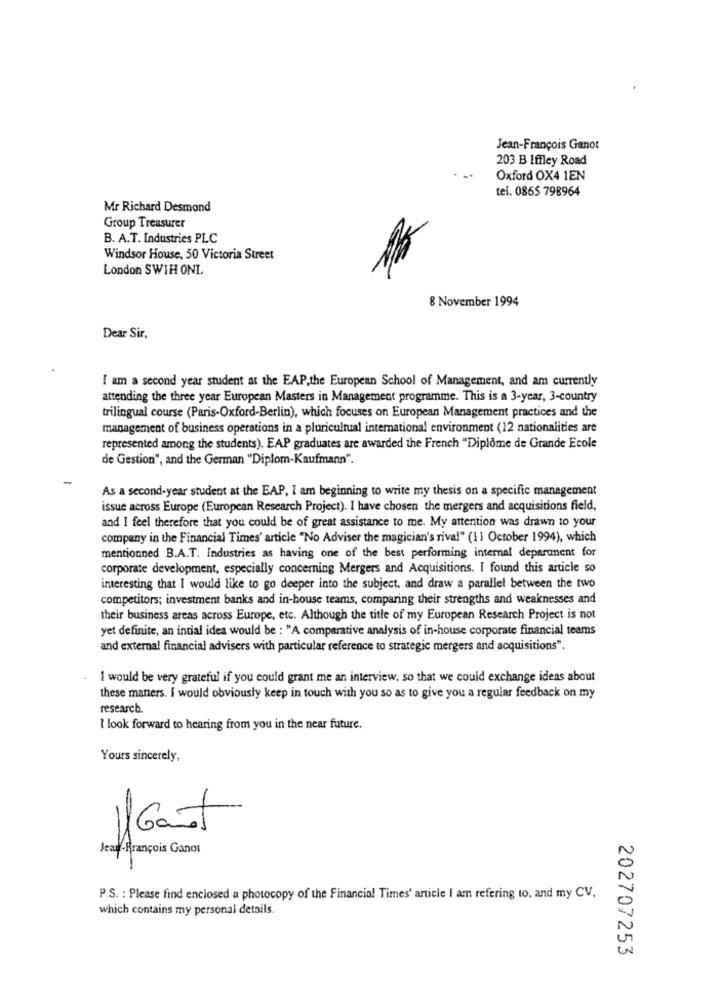
Jean-François Ganot
203 B 1ffley Road
Oxford OX4 1EN
tel. 0865 798964
Mr Richard Desmond
Group Treasurer
B. A.T. Industries PLC
Windsor House, 50 Victoria Street
London SWIH ONL
8 November 1994
Dear Sir,
I am a second year student at the EAP,the European School of Management, and am currently
attending the three year European Masters in Management programme. This is a 3-year, 3-country
trilingual course (Paris-Oxford-Berlin), which focuses on European Management practices and the
management of business operations in a pluricultural international environment (12 nationalities are
represented among the students). EAP graduates are awarded the French "Diplôme de Grande Ecole
de Gestion", and the German "Diplom-Kaufmann".
As a second-year student at the EAP, I am beginning to write my thesis on a specific management
issue across Europe (European Research Project). I have chosen the mergers and acquisitions field,
and I feel therefore that you could be of great assistance to me. My attention was drawn to your
company in the Financial Times' article "No Adviser the magician's rival" (11 October 1994), which
mentionned B.A.T. Industries as having one of the best performing internal department for
corporate development, especially concerning Mergers and Acquisitions. I found this article so
interesting that I would like to go deeper into the subject. and draw a parallel between the two
competitors; investment banks and in-house teams, comparing their strengths and weaknesses and
their business areas across Europe, etc. Although the title of my European Research Project is not
yet definite, an intial idea would be : "A comparative analysis of in-house corporate financial teams
and external financial advisers with particular reference to strategic mergers and acquisitions".
I would be very grateful if you could grant me an interview, so that we could exchange ideas about
these matters. I would obviously keep in touch with you so as to give you a regular feedback on my
research.
I look forward to hearing from you in the near future.
Yours sincerely,
IGant
Jean François Ganos
P.S. : Please find enclosed a photocopy of the Financial Times' article I am refering to. and my CV.
which contains my personal details.
202707253